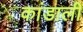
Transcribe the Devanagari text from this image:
कांडाली